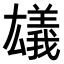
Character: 𠬗